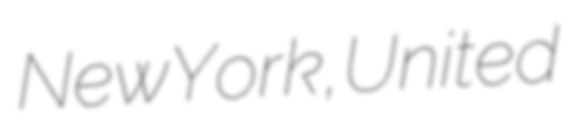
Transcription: New York, United